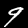
Label: 9